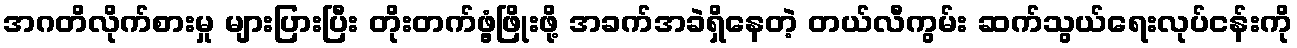
အဂတိလိုက်စားမှု များပြားပြီး တိုးတက်ဖွံ့ဖြိုးဖို့ အခက်အခဲရှိနေတဲ့ တယ်လီကွမ်း ဆက်သွယ်ရေးလုပ်ငန်းကို